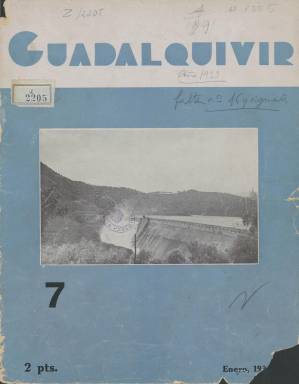
Título: Guadalquivir (Sevilla)
Colección: Agricultura y ganadería || Arquitectura y construcción
Ámbito geográfico: Sevilla
Lugar de publicación: Sevilla
Fechas: 01/01/1933-30/09/1933